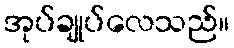
အုပ်ချုပ်လေသည်။